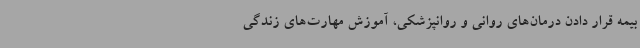
بیمه قرار دادن درمان‌های روانی و روانپزشکی، آموزش مهارت‌های زندگی